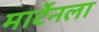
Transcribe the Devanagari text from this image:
मार्टेनला